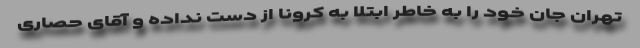
تهران جان خود را به خاطر ابتلا به کرونا از دست نداده و آقای حصاری